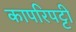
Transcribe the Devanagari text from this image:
कापरिपट्टी